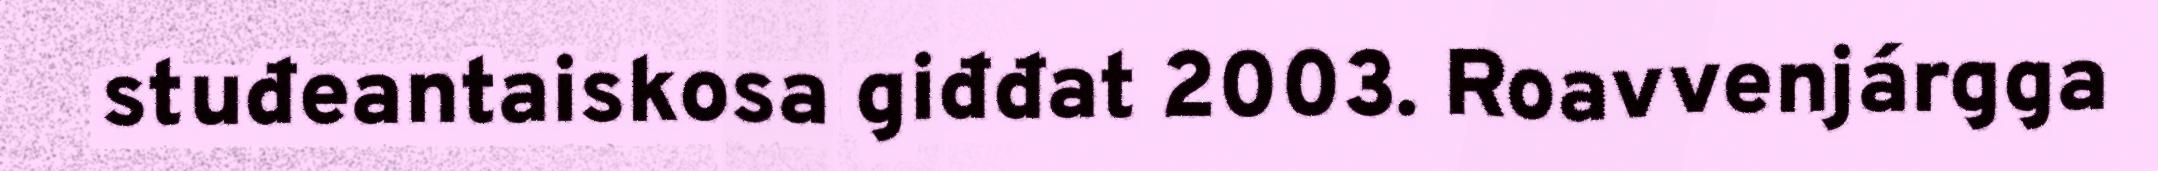
stuđeantaiskosa giđđat 2003. Roavvenjárgga